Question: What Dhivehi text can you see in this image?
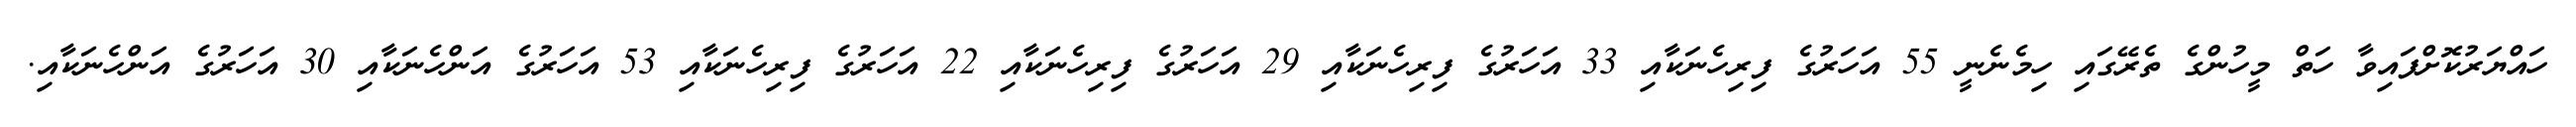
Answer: ހައްޔަރުކޮށްފައިވާ ހަތް މީހުންގެ ތެރޭގައި ހިމެނެނީ 55 އަހަރުގެ ފިރިހެނަކާއި 33 އަހަރުގެ ފިރިހެނަކާއި 29 އަހަރުގެ ފިރިހެނަކާއި 22 އަހަރުގެ ފިރިހެނަކާއި 53 އަހަރުގެ އަންހެނަކާއި 30 އަހަރުގެ އަންހެނަކާއި.